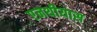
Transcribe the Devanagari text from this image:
एनथीयास